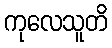
ကုလေသူတိ